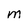
Character: M